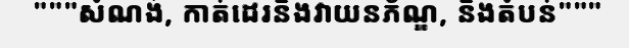
"""សំណង់, កាត់ដេរនិងវាយនភ័ណ្ឌ, និងតំបន់"""